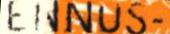
ENNUS-